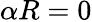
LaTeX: \alpha R=0